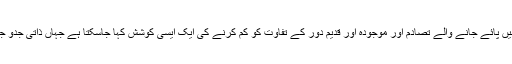
شفق کا یہ ناول دنیا میں موجود مختلف تمدنوں میں پائے جانے والے تصادم اور موجودہ اور قدیم دور کے تفاوت کو کم کرنے کی ایک ایسی کوشش کہا جاسکتا ہے جہاں ذاتی جدو جہد کے نشیب و فراز بھی دیکھنے کو ملتے ہیں۔